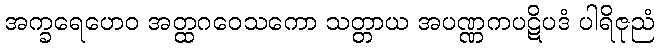
အက္ခရေဟေဝ အတ္ထဂဝေသကော သတ္တာယ အပဏ္ဏကပဋိပဒံ ပါရိဇုညံ